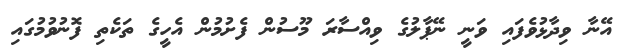
އޭނާ ވިދާޅުވެފައި ވަނީ ނޭޕާލުގެ ވިއްސާރަ މޫސުން ފެށުމުން އެހީގެ ތަކެތި ފޮނުވުމުގައި